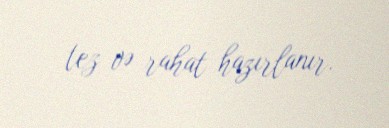
tez və rahat hazırlanır.